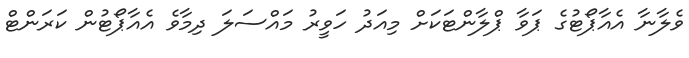
ވެލާނާ އެއާޕޯޓުގެ ޕަވާ ޕްލާންޓަކަށް މިއަދު ހަވީރު މައްސަލަ ދިމާވެ އެއާޕޯޓުން ކަރަންޓް